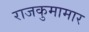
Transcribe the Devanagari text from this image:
राजकुमामार